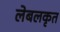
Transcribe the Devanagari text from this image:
लेबलकृत